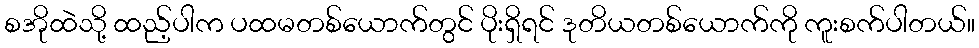
စအိုထဲသို့ ထည့်ပါက ပထမတစ်ယောက်တွင် ပိုးရှိရင် ဒုတိယတစ်ယောက်ကို ကူးစက်ပါတယ်။